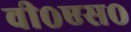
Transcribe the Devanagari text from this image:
वी०एस०